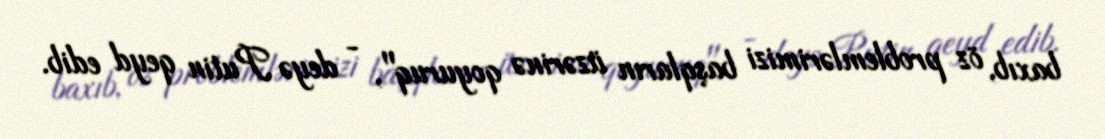
baxıb, öz problemlərimizi başqların üzərinə qoyuruq", - deyə Putin qeyd edib.